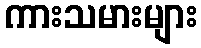
ကားသမားများ